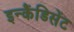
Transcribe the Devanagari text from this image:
इन्कैंडिसेंट